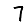
Digit: 7